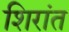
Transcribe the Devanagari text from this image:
शिरांत